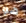
هو